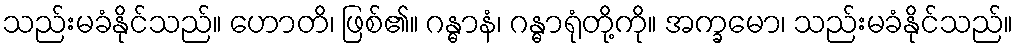
သည်းမခံနိုင်သည်။ ဟောတိ၊ ဖြစ်၏။ ဂန္ဓာနံ၊ ဂန္ဓာရုံတို့ကို။ အက္ခမော၊ သည်းမခံနိုင်သည်။